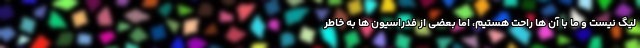
لیگ نیست و ما با آن ها راحت هستیم، اما بعضی از فدراسیون ها به خاطر